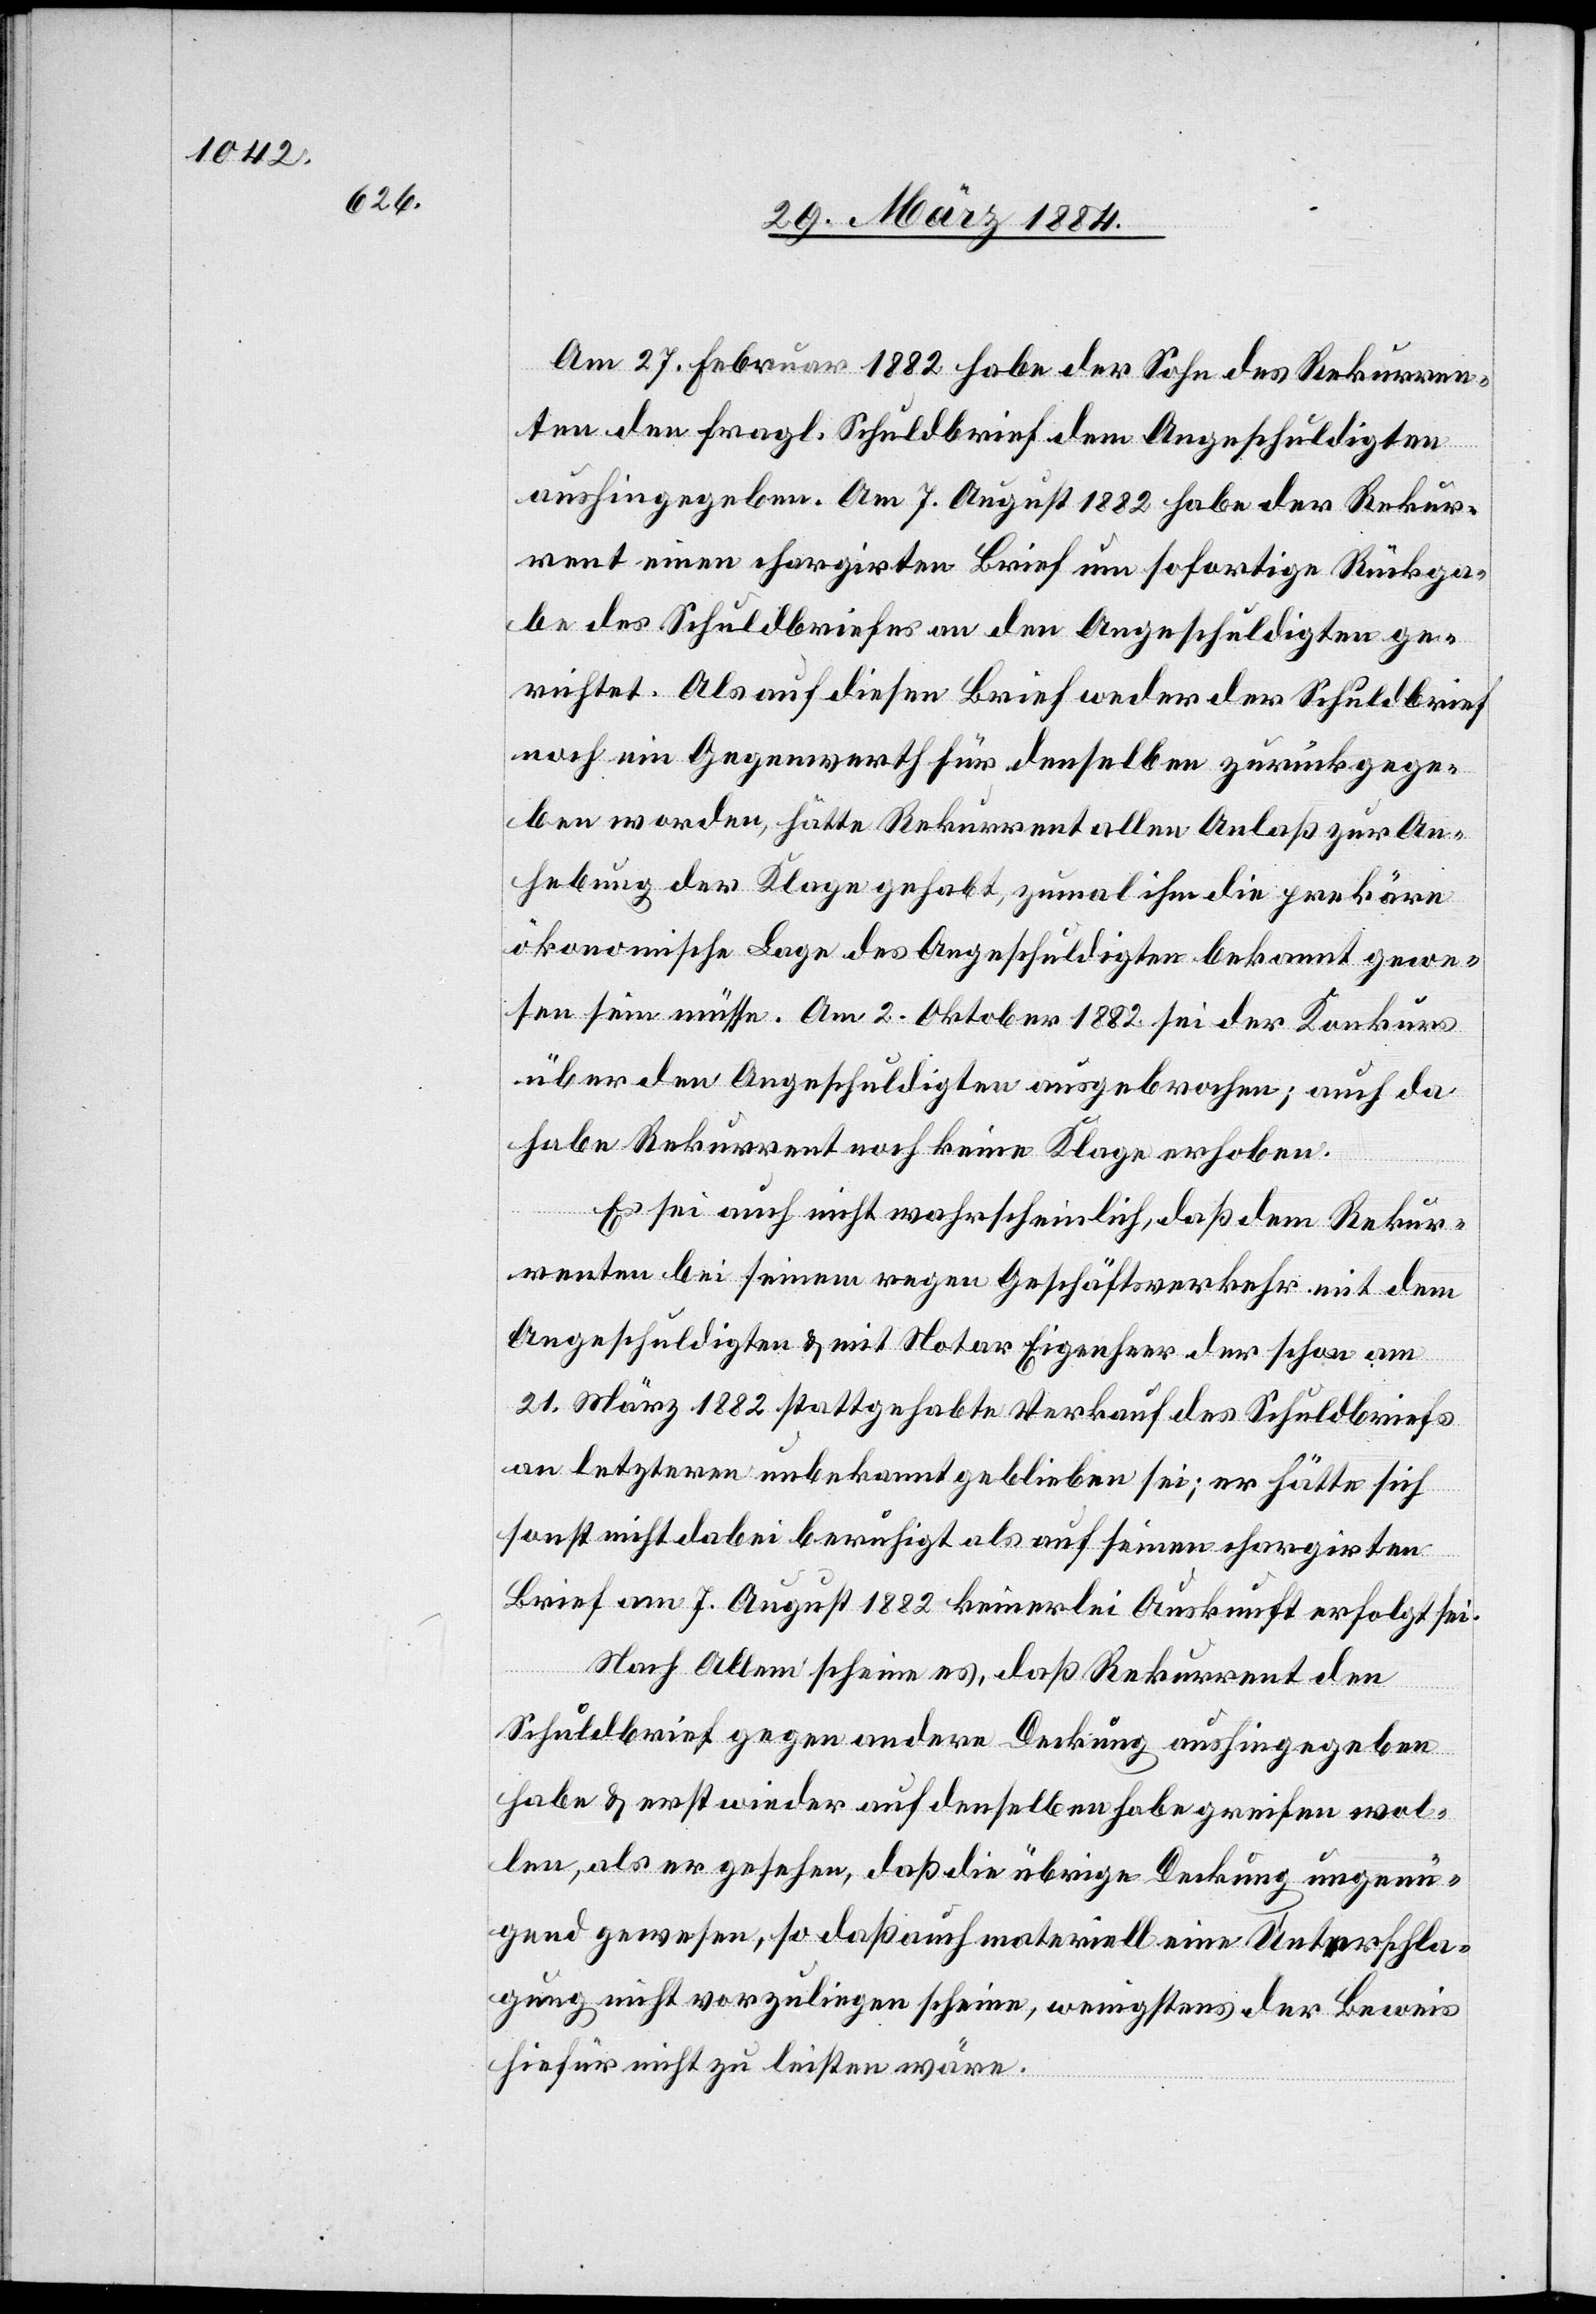
Am 27. Februar 1882 habe der Sohn des Rekurren¬
ten den fragl. Schuldbrief dem Angeschuldigten
aushingegeben. Am 7. August 1882 habe der Rekur¬
rent einen chargirten Brief um sofortige Rückga¬
be des Schuldbriefes an den Angeschuldigten ge¬
richtet. Als auf diesen Brief weder der Schuldbrief
noch ein Gegenwerth für denselben zurückgege¬
ben worden, hätte Rekurrent allen Anlaß zur An¬
hebung der Klage gehabt, zumal ihm die prekäre
ökonomische Lage des Angeschuldigten bekannt gewe¬
sen sein müsse. Am 2. Oktober 1882 sei der Konkurs
über den Angeschuldigten ausgebrochen; auch da
habe Rekurrent noch keine Klage erhoben.
Es sei auch nicht wahrscheinlich, daß dem Rekur¬
renten bei seinem regen Geschäftsverkehr mit dem
Angeschuldigten & mit Notar Eigenheer der schon am
21. März 1882 stattgehabte Verkauf des Schuldbriefes
an letztern unbekannt geblieben sei; er hätte sich
sonst nicht dabei beruhigt als auf seinen chargirten
Brief am 7. August 1882 keinerlei Auskunft erfolgt sei.
Nach Allem scheine es, daß Rekurrent den
Schuldbrief gegen andere Deckung aushingegeben
habe & erst wieder auf denselben habe greifen wol¬
len, als er gesehen, daß die übrige Deckung ungenü¬
gend gewesen, so daß auch materiell eine Unterschla¬
gung nicht vorzuliegen scheine, wenigstens der Beweis
hiefür nicht zu leisten wäre.